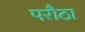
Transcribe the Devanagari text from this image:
परौठा